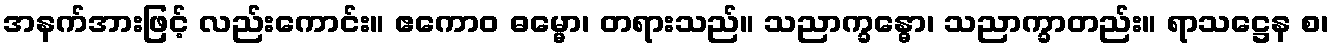
အနက်အားဖြင့် လည်းကောင်း။ ဧကောဝ ဓမ္မော၊ တရားသည်။ သညာက္ခန္ဓော၊ သညာက္ခာတည်း။ ရာသဋ္ဌေန စ၊